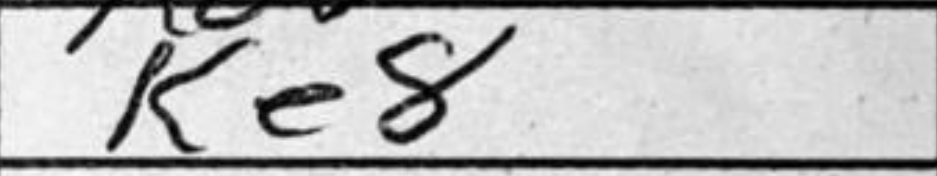
Transcription: Ke8